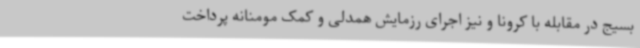
بسیج در مقابله با کرونا و نیز اجرای رزمایش همدلی و کمک مومنانه پرداخت